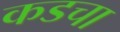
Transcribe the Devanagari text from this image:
कडचा